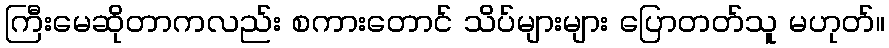
ကြီးမေဆိုတာကလည်း စကားတောင် သိပ်များများ ပြောတတ်သူ မဟုတ်။